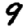
Digit: 9